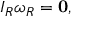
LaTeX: I _ { R } { \boldsymbol { \omega } } _ { R } = \mathbf { 0 } ,